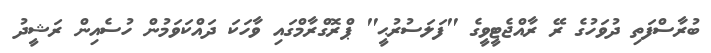
ބުރާސްފަތި ދުވަހުގެ ރޭ ރާއްޖެޓީވީގެ "ފަލަސުރުޙީ" ޕްރޮގްރާމްގައި ވާހަކަ ދައްކަވަމުން ހުސެއިން ރަޝީދު